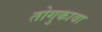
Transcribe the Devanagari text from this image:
तोगुकावा